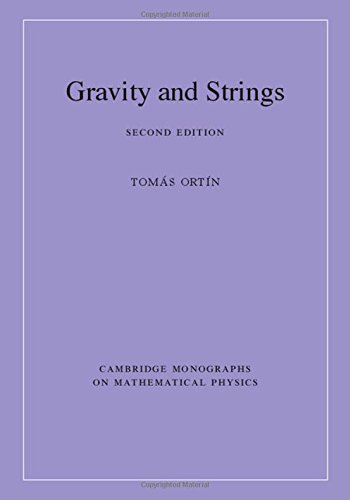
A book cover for Gravity and Strings (Cambridge Monographs on Mathematical Physics); TomÃ¡s OrtÃ­n; Science & Math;